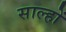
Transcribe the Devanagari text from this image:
साल्हों